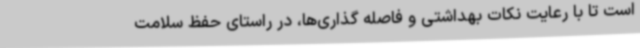
است تا با رعایت نکات بهداشتی و فاصله گذاری‌ها، در راستای حفظ سلامت